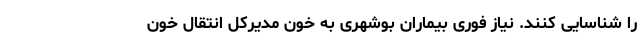
را شناسایی کنند. نیاز فوری بیماران بوشهری به خون مدیرکل انتقال خون